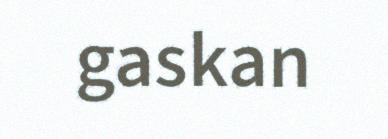
gaskan